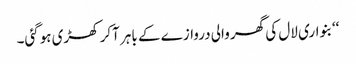
‘‘بنواری لال کی گھر والی دروازے کے باہر آکر کھڑی ہوگئی۔